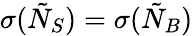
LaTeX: \sigma(\tilde{N}_{S})=\sigma(\tilde{N}_{B})